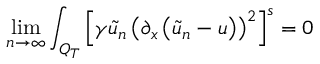
\operatorname* { l i m } _ { n \rightarrow \infty } \int _ { Q _ { T } } \left[ \gamma \tilde { u } _ { n } \left( \partial _ { x } \left( \tilde { u } _ { n } - u \right) \right) ^ { 2 } \right] ^ { s } = 0